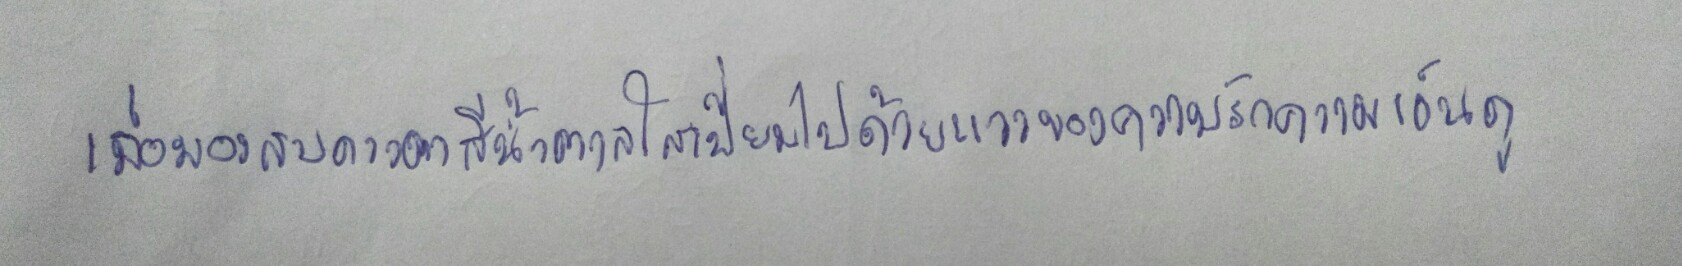
เมื่อมองสบดวงตาสีน้ำตาลใสเปี่ยมไปด้วยแววของความรักความเอ็นดู